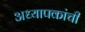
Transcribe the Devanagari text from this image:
अध्यापकांची